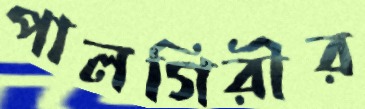
পালগিরীর